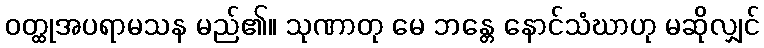
ဝတ္ထုအပရာမသန မည်၏။ သုဏာတု မေ ဘန္တေ နောင်သံဃာဟု မဆိုလျှင်